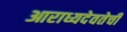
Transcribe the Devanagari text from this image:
आराध्यदेवतेची